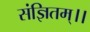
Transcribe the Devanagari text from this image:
संज्ञितम्।।